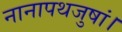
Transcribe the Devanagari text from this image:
नानापथजुषां।